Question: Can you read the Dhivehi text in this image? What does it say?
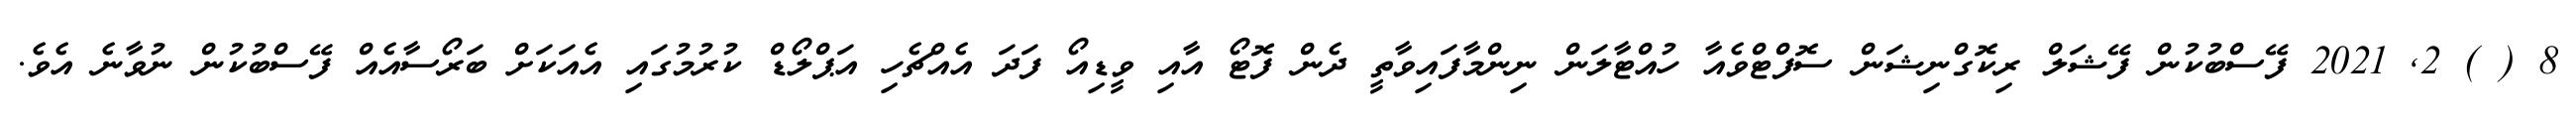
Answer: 8 ( ) 2, 2021 ފޭސްބުކުން ފޭޝަލް ރިކޮގްނިޝަން ސޮފްޓްވެއާ ހުއްޓާލަން ނިންމާފައިވާތީ ދެން ފޮޓޯ އާއި ވީޑިއޯ ފަދަ އެއްޗެހި އަޕްލޯޑް ކުރުމުގައި އެއަކަށް ބަރޯސާއެއް ފޭސްބުކުން ނުވާނެ އެވެ.